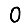
Digit: 0